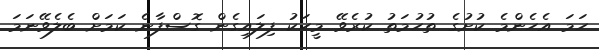
ހަމަ އެހެންމެ ކުށުގެ ތުހުމަތު ކުރެވޭ މީހަކު ފިލައިގެން ގޮސްފާނެ ކަމަށް ބެލެވޭނަމަ